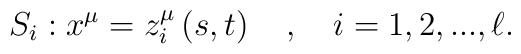
S_i:x^\mu =z_i^\mu \left( s,t\right) \quad ,\quad i=1,2,...,\ell .